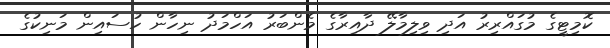
ކޮމިޓީގެ މުގައްރިރު އަދި ވިލިމާލޭ ދާއިރާގެ މެންބަރު އަހްމަދު ނިހާން ހުސައިން މަނިކުގެ